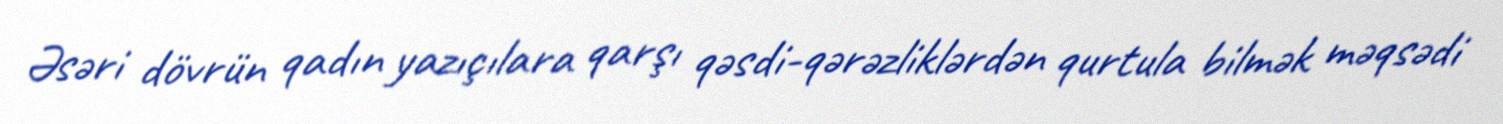
Əsəri dövrün qadın yazıçılara qarşı qəsdi-qərəzliklərdən qurtula bilmək məqsədi